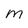
Character: M